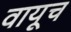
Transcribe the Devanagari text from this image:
वायूच